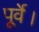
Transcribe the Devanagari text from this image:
पूर्वे।